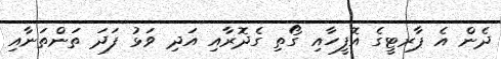
ދެން އެ ޕާރޓީގެ އޮފީހާއި ގޯތި ގެދޮރާއި އަދި ވަޅު ފަދަ ތަންތަނާއި